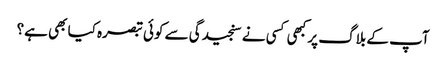
آپ کے بلاگ پر کبھی کسی نے سنجیدگی سے کوئی تبصرہ کیا بھی ہے؟